Annual report on the working of the mental hospitals in the Madras Presidency - 1912-1932
Year: 1912
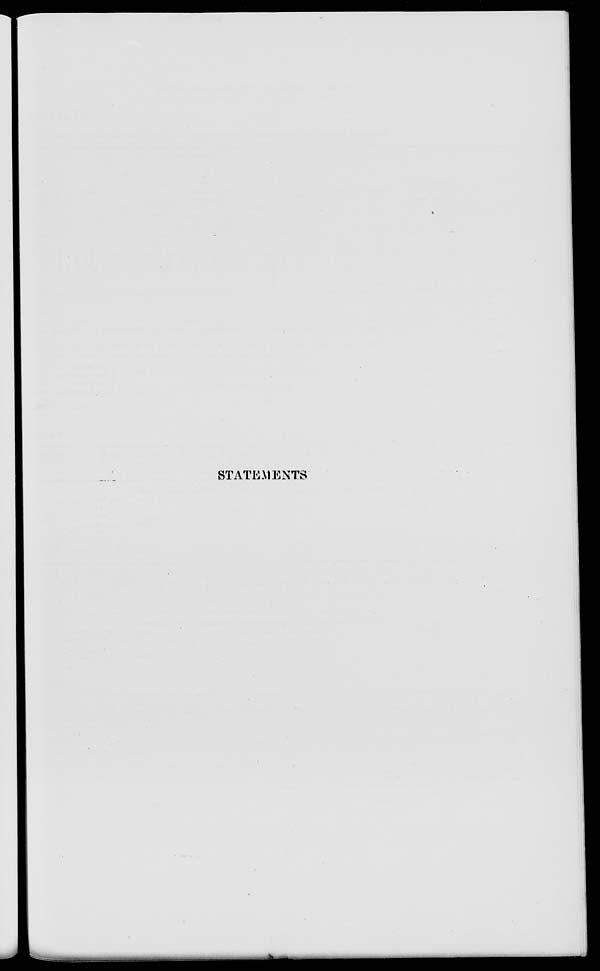
STATEMENTS